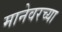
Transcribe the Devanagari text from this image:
मानेवरच्या